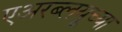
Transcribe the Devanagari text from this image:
एअरब्लयूच्या